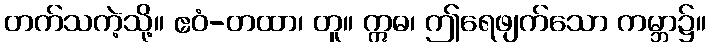
တက်သကဲ့သို့။ ဧဝံ-တထာ၊ တူ။ ဣဓ၊ ဤရေဖျက်သော ကမ္ဘာ၌။